Annual report on the working of the lock hospitals in the Central Provinces
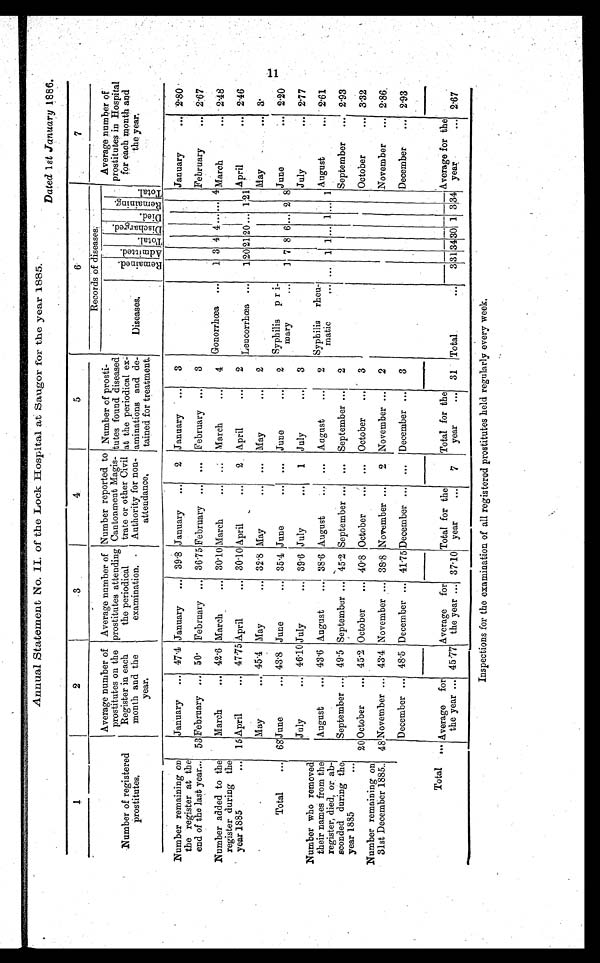
Annual Statement No. II. of the Lock Hospital at Saugor for the year 1885.
Dated 1st January 1886.
1
2
3
4
5
6
Records of diseases.
7
Number of registered prostitutes.Average number of prost i t ut es on t he Regi st er i n each mont h and t he year.
Average number of prost i t ut es at t endi ng t he peri odi cal exami nat i on. Number r epor t ed t o Cant oment Magi s- t r at e or ot her Ci vi l Aut hor i t y f or non- at t endence.
Number of pr os t i - t ut es f ound di s eas ed at t he per i odi cal ex- ami nat i ons and de- t ai ned f or t r eat ment .
Diseases.
Remained.Admi t t ed.
Total.
Di s char ged.
Died.
Remai ni ng. Total.
Number remai ni ng on the regi ster at the end of the l ast year. . .
January ...
47.4 January ...
39.8 January ...
2
January ...
3
January ...
2.80
53 February ...
50.
February ...
36.75 February ...
...
February ...
3
February ...
2.67
Number added to the register during the year 1885 ...
March ...
42.6 March. ...
30.10 March. ...
...
March. ...
4
Gonorrhœa ...
1 3 4 4 ... ... 4 March ...
2.48
15 April ...
47.75 April ...
30.10 April ...
2
April ...
2
Lencorrhœa ...
1 2021 20... 1 21April ...
2.46
May ...
45.4 May ...
32.8 May ...
...
May ...
2
May ...
3.
Total ...
68 June ...
43.8 June ...
35.4 June ....
...
June ...
2
Syphillis pri-mary ...1 7 8 6 ... 2 8 June ...
2.20
Number who removed t hei r names from t he regi st er, di ed, or ab-sconded duri ng t he year 1885
July ...
46.10 July ...
39.6 July ...
1
July ...
3
July ...
2.77
August ...
43.6 August ...
38.6 August ...
...
August ...
2
Syphilis rheu-matic ...... 1 1 ... 1 ... 1 August ...
2.61
Number remonving on 31st December 1885.
September ...49.5 September ...
45.2 September ... ...
September ...
2
September ...
2.93
20 October ...
45.2 October ...
40.8 October ...
...
October ...
3
October ...
3.32
48 November ... 43.4 November ...
38.8 November ... 2
November ...
2
November ...
2.86
December ... 48.5 December ...
41.75 December ... ..
December ...
3
December ...
2.93
Total
... Average for the year ...45.77
A v e r a g e f o r t h e y e a r
37.10 Total for the year ... 7
Total for the year ...
31
T o t a l . . .
3 3134 30 1 3 34Average for the year ... 2.67
Inspections for the examination of all registered prostitutes held regularly every week.
1 1